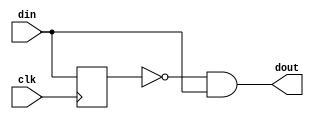
module edge_detector #
(
  parameter integer PULSE_WIDTH = 1
)
(
  input  wire din,
  input  wire clk,
  output wire dout   
);
  reg din_next;
  always @(posedge clk) begin
    din_next <= din;
  end

  generate
    if (PULSE_WIDTH == 1)
    begin : ONE
      assign dout = !din_next && din;
    end
    if (PULSE_WIDTH > 1)
    begin : MORE_THAN_ONE

      function integer clogb2 (input integer value);
        for(clogb2 = 0; value > 0; clogb2 = clogb2 + 1) value = value >> 1;
      endfunction
 
      localparam integer CNT_WIDTH = clogb2(PULSE_WIDTH);    
 
      reg [CNT_WIDTH-1:0] cnt;
      reg counting;
      always @(posedge clk) begin
        if (!din_next && din) begin
          cnt <= cnt + 1;
          counting <= 1;
        end else begin
          if (counting && cnt < PULSE_WIDTH) begin
            cnt <= cnt + 1;
          end else begin
            counting <= 0;
            cnt <= 0;
          end   
        end
      end
      assign dout = (counting || (!din_next && din));
    end
  endgenerate

endmodule